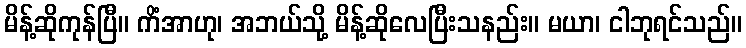
မိန့်ဆိုကုန်ပြီ။ ကိံအာဟု၊ အဘယ်သို့ မိန့်ဆိုလေပြီးသနည်း။ မယာ၊ ငါဘုရင်သည်။